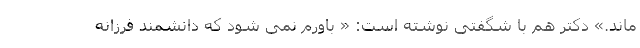
ماند.» دکتر هم با شگفتی نوشته است: « باورم نمی شود که دانشمند فرزانه